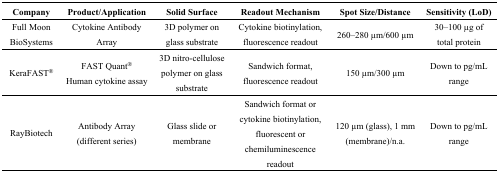
<table><thead><tr><td><b>Company</b></td><td><b>Product/Application</b></td><td><b>Solid Surface</b></td><td><b>Readout Mechanism</b></td><td><b>Spot Size/Distance</b></td><td><b>Sensitivity (LoD)</b></td></tr></thead><tbody><tr><td>Full Moon BioSystems</td><td>Cytokine Antibody Array</td><td>3D polymer on glass substrate</td><td>Cytokine biotinylation, fluorescence readout</td><td>260–280 μm/600 μm</td><td>30–100 μg of total protein</td></tr><tr><td>KeraFAST<sup>®</sup></td><td>FAST Quant<sup>®</sup>Human cytokine assay</td><td>3D nitro-cellulose polymer on glass substrate</td><td>Sandwich format, fluorescence readout</td><td>150 μm/300 μm</td><td>Down to pg/mL range</td></tr><tr><td>RayBiotech</td><td>Antibody Array (different series)</td><td>Glass slide or membrane</td><td>Sandwich format or cytokine biotinylation, fluorescent or chemiluminescence readout</td><td>120 μm (glass), 1 mm (membrane)/n.a.</td><td>Down to pg/mL range</td></tr></tbody></table>